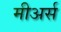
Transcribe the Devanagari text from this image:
मीअर्स